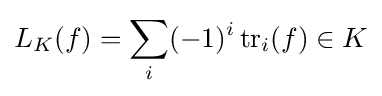
L_{K}(f)=\sum _{i}(-1)^{i}\operatorname {tr} _{i}(f)\in K